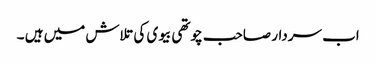
اب سردار صاحب چوتھی بیوی کی تلاش میں ہیں ۔